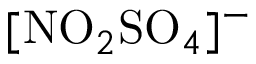
[ \mathrm { N O } _ { 2 } \mathrm { S O } _ { 4 } ] ^ { - }